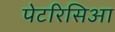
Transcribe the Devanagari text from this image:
पेटरिसिआ